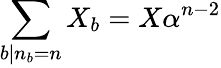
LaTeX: \sum_{b\vert n_{b}=n}X_{b}=X\alpha^{n-2}